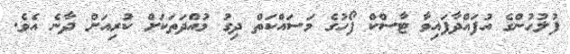
ފުލުހުންގެ އުފައްދާފައިވާ ޓާސްކް ފޯހުގެ މަސައްކަތް ދިގު މުއްދަތަކަށް ކުރިއަށް ދާނެ އެވެ.